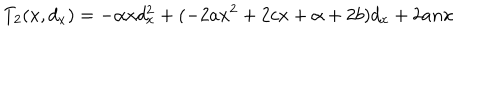
LaTeX: T _ { 2 } ( x , d _ { x } ) = - \alpha x d _ { x } ^ { 2 } + ( - 2 a x ^ { 2 } + 2 c x + \alpha + 2 b ) d _ { x } + 2 a n x